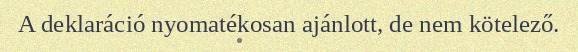
A deklaráció nyomatékosan ajánlott, de nem kötelező.